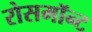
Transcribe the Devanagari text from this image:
रोसमॉन्ट